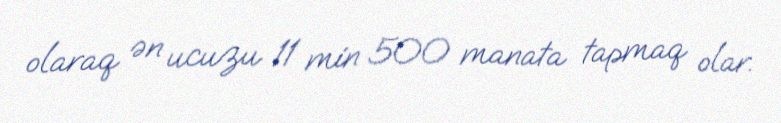
olaraq ən ucuzu 11 min 500 manata tapmaq olar.